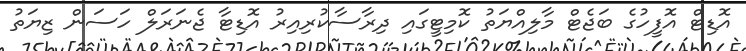
އޮޑިޓް އޮފީހުގެ ބަޖެޓް މާލިއްޔަތު ކޮމިޓީގައި ދިރާސާކުރިއިރު އޮޑިޓާ ޖެނަރަލް ހަސަން ޒިޔަތު